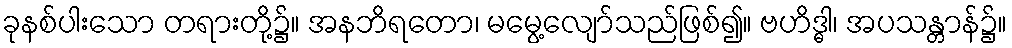
ခုနစ်ပါးသော တရားတို့၌။ အနဘိရတော၊ မမွေ့လျော်သည်ဖြစ်၍။ ဗဟိဒ္ဓါ၊ အပသန္တာန်၌။